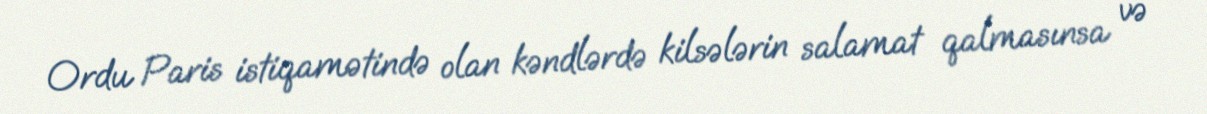
Ordu Paris istiqamətində olan kəndlərdə kilsələrin salamat qalmasınsa və